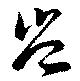
豈